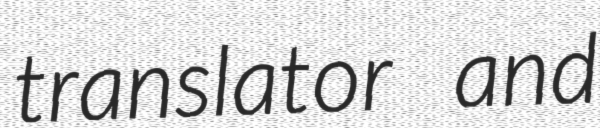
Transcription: translator and